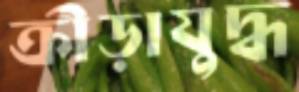
ক্রীড়াযুদ্ধ